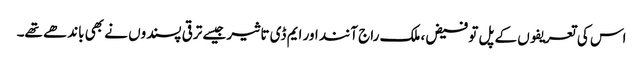
اس کی تعریفوں کے پل تو فیض، ملک راج آنند اور ایم ڈی تاثیر جیسے ترقی پسندوں نے بھی باندھے تھے۔